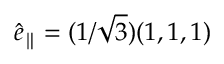
\hat { e } _ { \parallel } = ( 1 / \sqrt { 3 } ) ( 1 , 1 , 1 )